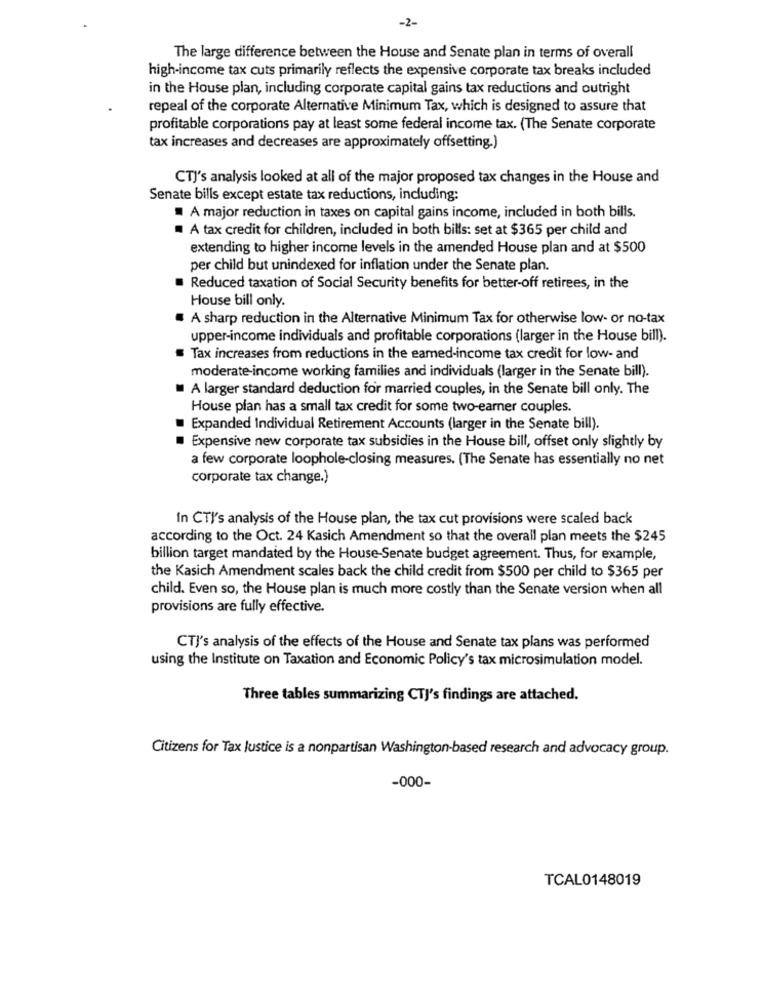
-2-
The large difference between the House and Senate plan in terms of overall
high-income tax cuts primarily reflects the expensive corporate tax breaks included
in the House plan, including corporate capital gains tax reductions and outright
repeal of the corporate Alternative Minimum Tax, which is designed to assure that
profitable corporations pay at least some federal income tax. (The Senate corporate
tax increases and decreases are approximately offsetting.)
CTJ's analysis looked at all of the major proposed tax changes in the House and
Senate bills except estate tax reductions, including:
A major reduction in taxes on capital gains income, included in both bills.
A tax credit for children, included in both bills: set at $365 per child and
extending to higher income levels in the amended House plan and at $500
per child but unindexed for inflation under the Senate plan.
Reduced taxation of Social Security benefits for better-off retirees, in the
House bill only.
A sharp reduction in the Alternative Minimum Tax for otherwise low- or no-tax
upper-income individuals and profitable corporations (larger in the House bill).
Tax increases from reductions in the eamed-income tax credit for low- and
moderate-income working families and individuals (larger in the Senate bill).
A larger standard deduction for married couples, in the Senate bill only. The
House plan has a small tax credit for some two-earner couples.
Expanded Individual Retirement Accounts (larger in the Senate bill).
Expensive new corporate tax subsidies in the House bill, offset only slightly by
a few corporate loophole-closing measures. (The Senate has essentially no net
corporate tax change.)
In CTI's analysis of the House plan, the tax cut provisions were scaled back
according to the Oct. 24 Kasich Amendment so that the overall plan meets the $245
billion target mandated by the House-Senate budget agreement. Thus, for example,
the Kasich Amendment scales back the child credit from $500 per child to $365 per
child. Even so, the House plan is much more costly than the Senate version when all
provisions are fully effective.
CTJ's analysis of the effects of the House and Senate tax plans was performed
using the Institute on Taxation and Economic Policy's tax microsimulation model.
Three tables summarizing CTJ's findings are attached.
Citizens for Tax Justice is a nonpartisan Washington-based research and advocacy group.
-000-
TCAL0148019